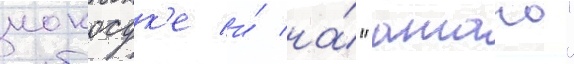
иокосук'е и́ на́ "атаго"